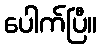
ပေါက်ပြီ။